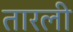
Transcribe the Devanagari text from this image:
तारली